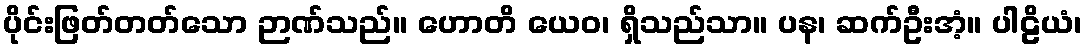
ပိုင်းဖြတ်တတ်သော ဉာဏ်သည်။ ဟောတိ ယေဝ၊ ရှိသည်သာ။ ပန၊ ဆက်ဦးအံ့။ ပါဠိယံ၊